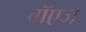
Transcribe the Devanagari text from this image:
बॉएज